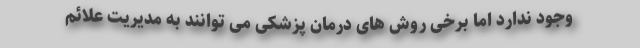
وجود ندارد اما برخی روش های درمان پزشکی می توانند به مدیریت علائم